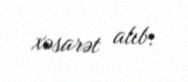
xəsarət alıb.